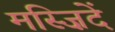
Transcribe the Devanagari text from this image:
मस्ज़िदें